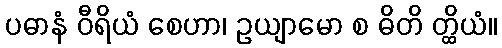
ပဓာနံ ဝီရိယံ စေဟာ၊ ဥယျာမော စ ဓိတိ တ္ထိယံ။